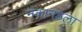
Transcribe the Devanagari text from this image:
नकानडला